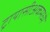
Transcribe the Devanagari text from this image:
ट्रायासीअकमध्ये